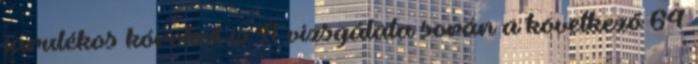
járulékos kórokat is A vizsgálata során a következő 64